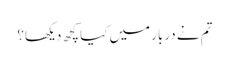
تم نے دربار میں کیا کچھ دیکھا؟